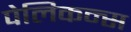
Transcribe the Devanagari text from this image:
पेलिकन्स